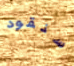
سنقود